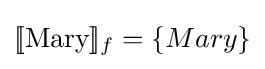
[\![{\text{Mary}}]\!]_{f}=\{Mary\}